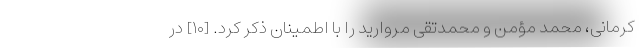
کرمانی، محمد مؤمن و محمدتقی مروارید را با اطمینان ذکر کرد. [۱۰] در